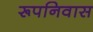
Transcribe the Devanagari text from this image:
रूपनिवास